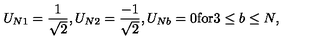
U _ { N 1 } = \frac { 1 } { \sqrt { 2 } } , U _ { N 2 } = \frac { - 1 } { \sqrt { 2 } } , U _ { N b } = 0 \mathrm { f o r } 3 \leq b \leq N ,